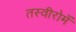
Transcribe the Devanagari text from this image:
तस्वीरोमें